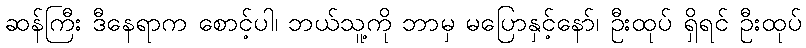
ဆန်ကြီး ဒီနေရာက စောင့်ပါ၊ ဘယ်သူ့ကို ဘာမှ မပြောနှင့်နော်၊ ဦးထုပ် ရှိရင် ဦးထုပ်